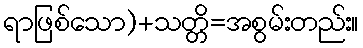
ရာဖြစ်သော)+သတ္တိ=အစွမ်းတည်း။